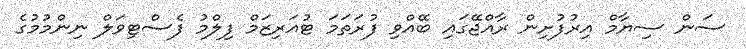
ސަން ސިޔާމް އިރުފުށިން ރާއްޖޭގައި ބޭއްވި ފުރަތަމަ ޓުއަރިޒަމް ފިލްމު ފެސްޓިވަލް ނިންމުމުގެ